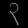
Digit: ၃